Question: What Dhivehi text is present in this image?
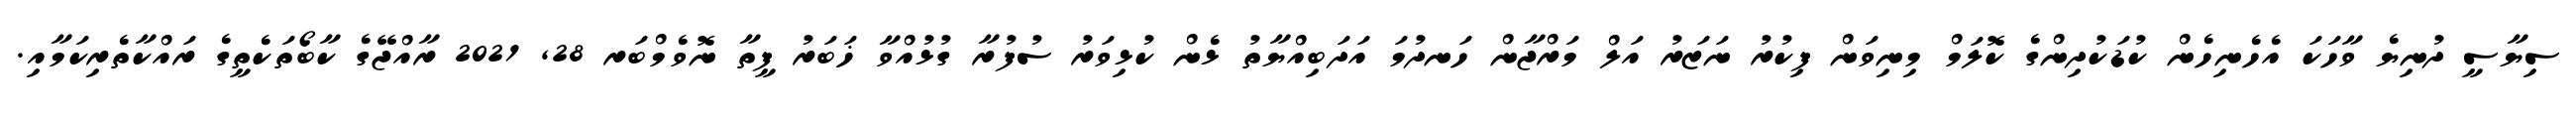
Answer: ސިޔާސީ ދުނިޔެ ވާހަކަ އެހެނިހެން ކުޑަކުދިންގެ ކޮލަމް މިނިވަން ފިކުރު ނަޒަރު އަލް މަރްޖާން ހަނދުމަ އަދަބިއްޔާތު ޅެން ކުޅިވަރު ސުފުރާ ގުޅުއްވާ ޚަބަރު ފީތާ ނޮވެމްބަރ 28, 2021 ރާއްޖޭގެ ކާބޯތަކެތީގެ ރައްކާތެރިކަމާއި.